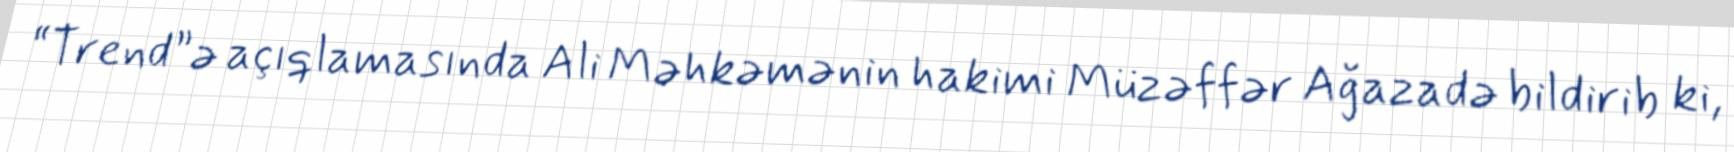
“Trend”ə açıqlamasında Ali Məhkəmənin hakimi Müzəffər Ağazadə bildirib ki,